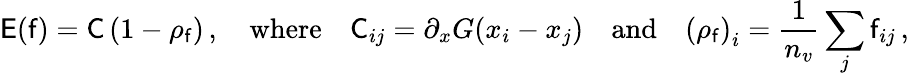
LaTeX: \mathsf{E}(\mathsf{f})=\mathsf{C}\left(\mathrm{1}-\rho_{\mathsf{f}}\right)\, ,\quad\mathrm{where}\quad\mathsf{C}_{ij}=\partial_{x}G(x_{i}-x_{j})\quad\mathrm{and}\quad\left(\rho_{\mathsf{f}}\right)_{i}=\frac{1}{n_{v}}\sum_{j}\mathsf{f}_{ij}\, ,